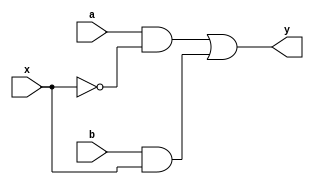

module mux_1bit(
   input a,
   input b,
   input x,
   output y
   );
  
   wire not_x;
   wire bit1;
   wire bit2;
  
   not  not1  (not_x, x);
   and  and1  (bit1, a, not_x);
   and  and2  (bit2, b, x);
   or   or1   (y, bit1, bit2);
  
endmodule